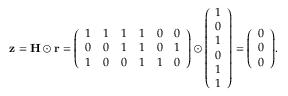
\mathbf { z } = \mathbf { H \odot r } = { \left( \begin{array} { l l l l l l } { 1 } & { 1 } & { 1 } & { 1 } & { 0 } & { 0 } \\ { 0 } & { 0 } & { 1 } & { 1 } & { 0 } & { 1 } \\ { 1 } & { 0 } & { 0 } & { 1 } & { 1 } & { 0 } \end{array} \right) } \odot { \left( \begin{array} { l } { 1 } \\ { 0 } \\ { 1 } \\ { 0 } \\ { 1 } \\ { 1 } \end{array} \right) } = { \left( \begin{array} { l } { 0 } \\ { 0 } \\ { 0 } \end{array} \right) } .